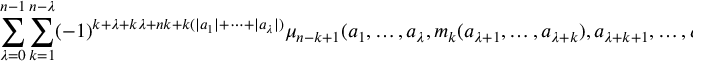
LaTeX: \sum _ { \lambda = 0 } ^ { n - 1 } \sum _ { k = 1 } ^ { n - \lambda } ( - 1 ) ^ { k + \lambda + k \lambda + n k + k ( \vert a _ { 1 } \vert + \dots + \vert a _ { \lambda } \vert ) } \mu _ { n - k + 1 } ( a _ { 1 } , \dots , a _ { \lambda } , m _ { k } ( a _ { \lambda + 1 } , \dots , a _ { \lambda + k } ) , a _ { \lambda + k + 1 } , \dots , a _ { n } ) = 0 .